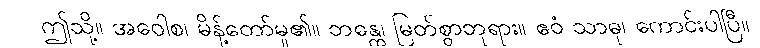
ဤသို့။ အဝေါစ၊ မိန့်တော်မူ၏။ ဘန္တေ၊ မြတ်စွာဘုရား။ ဧဝံ သာဓု၊ ကောင်းပါပြီ။